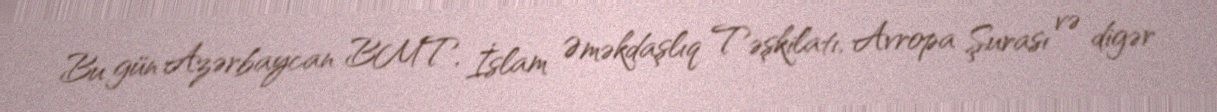
Bu gün Azərbaycan BMT, İslam Əməkdaşlıq Təşkilatı, Avropa Şurası və digər